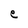
Character: e